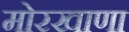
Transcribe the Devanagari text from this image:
मोरखाणा